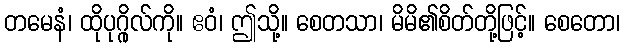
တမေနံ၊ ထိုပုဂ္ဂိုလ်ကို။ ဧဝံ၊ ဤသို့။ စေတသာ၊ မိမိ၏စိတ်တို့ဖြင့်။ စေတော၊